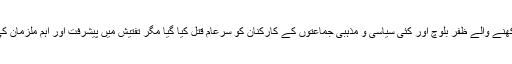
رواں سال لیاری سے تعلق رکھنے والے ظفر بلوچ اور کئی سیاسی و مذہبی جماعتوں کے کارکنان کو سرعام قتل کیا گیا مگر تفتیش میں پیشرفت اور اہم ملزمان کی گرفتاری صفر بٹا صفرہے۔